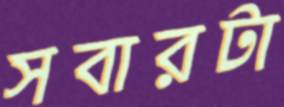
সবারটা